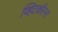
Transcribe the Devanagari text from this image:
व्हिटकौल्स